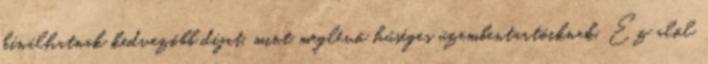
kínálhatnak kedvezőbb díjat, mint meglévő hűséges üzembentartóiknak. Ez alól